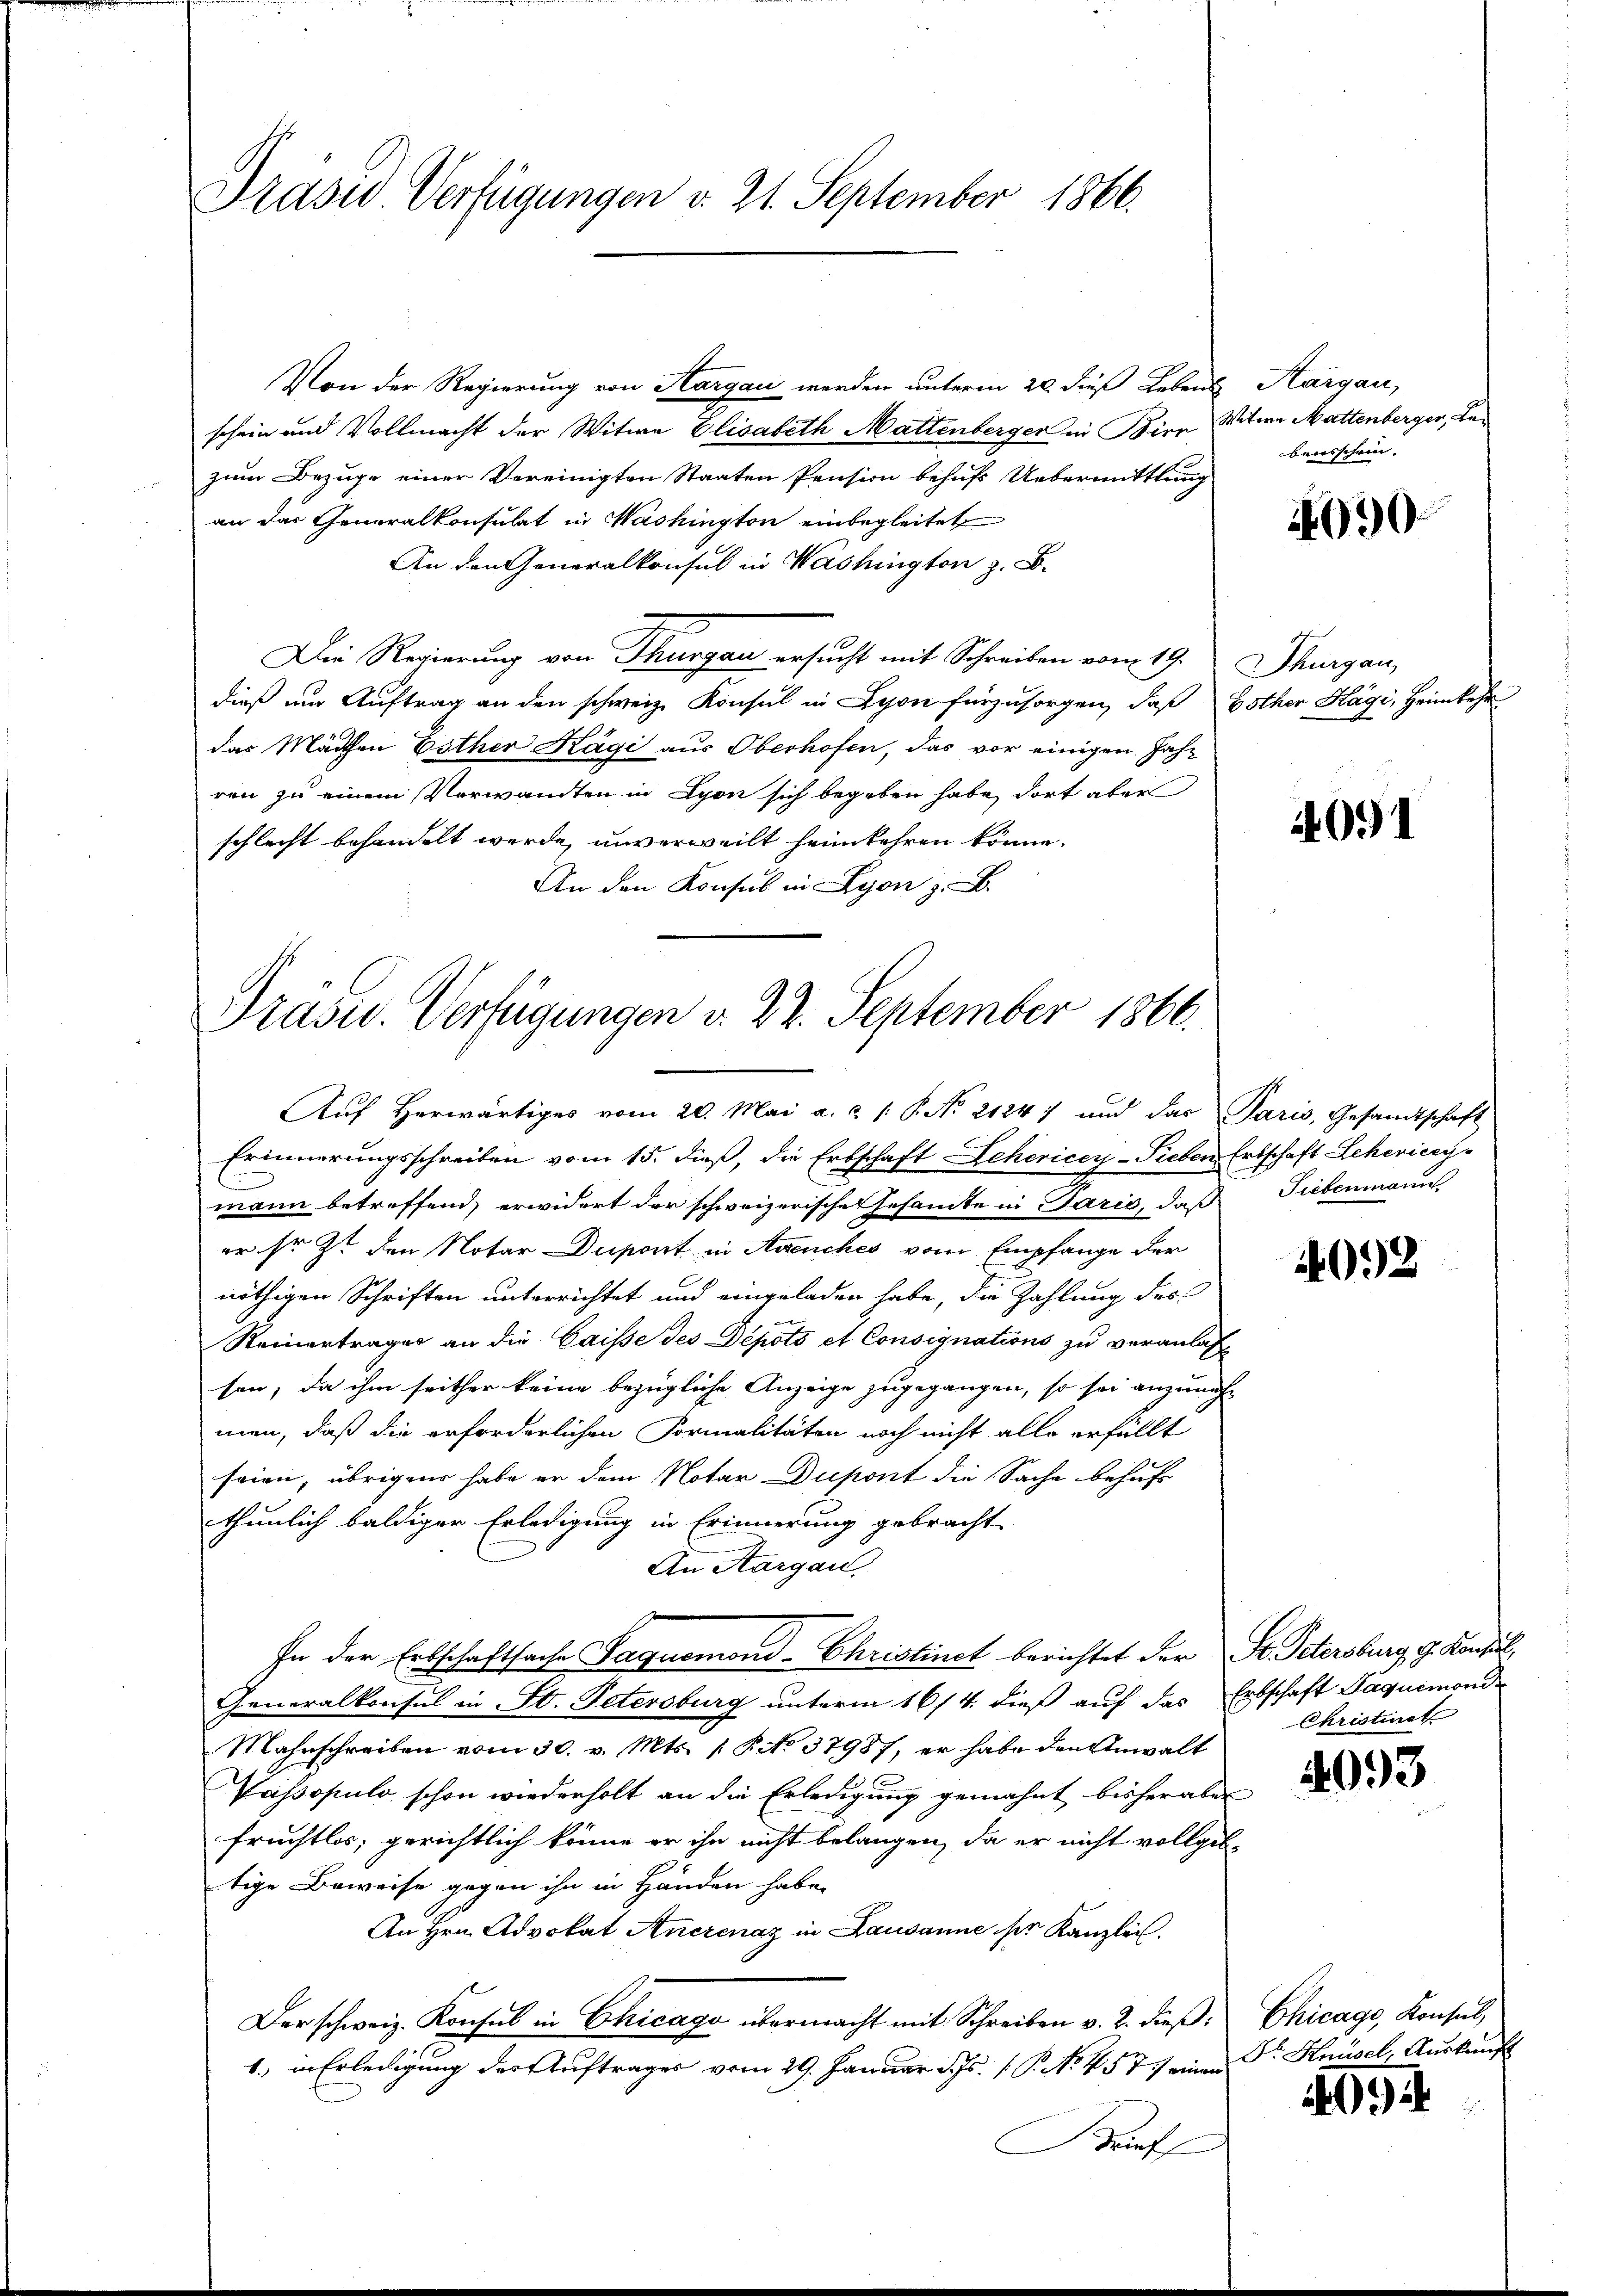
Prase Verfügungen v. 21. September 1866.

Von der Regierung von Aargau werden unterm 20. dieß Lebens Aargau,
schein und Vollmacht der Witwe Elisabeth Mattenberger in Birn, Witwe Mattenberger, Lezum Bezuge einer Vereinigten Staaten Pension behufs Uebermittlung
an das Generalkonsulat in Washington einbegleitet
An den Generalkonsul in Washington z. B.
Die Regierung von Thurgau ersucht mit Schreiben vom 19.
dieß um Auftrag an den schweiz. Konsul in Lyon fürzusorgen, daß Gother Kägi, Heimkehr
das Mädchen Esther Kägi aus Oberhofen, das vor einigen Jahr
ren zu einem Verwandten in Lyon sich begeben habe, dort aber
schlecht behandelt werde, unverweilt heimkehren könne.
An den Konsul in Lyon . .

Präsid. Verfügungen v. 22. September 1866.
Auf Herwärtiges vom 20. Mai a. c. 1 S. No 21247 und das Paris, Gesandtschaft

Erinnerungsschreiben vom 15. dieß, die Erbschaft Lehericey-Sieben Erbschaft Lehenicey-
mann betreffend, erwidert der schweizerische Gesamte in Paris, daß
er so z. den Notar Duport in Avenches vom Empfange der
nöthigen Schriften unterrichtet und eingeladen habe, die Zahlung des
Reinerträger an die Caisse des Depots et Consignations zu veranlassen, da ihm seither keine bezügliche Anzeige zugegangen, so sei anzunehmen, daß die erforderlichen Formalitäten noch nicht alle erfüllt
seien, übrigens habe er dem Notar Dupont die Sache behuf
thunlich baldiger Erledigung in Erinnerung gebracht
An Aargau
In der Erbschaftsache Paquomond-Christinct berichtet der St. Petersburg, G. Konsul,
Generalkonsul in St. Petersburg unterm 16/4. dieß auf das Erbschaft Jaquemond-
Mahrschreiben vom 30. v. Mts. 1. P. No 37987, er habe den Anwalt
Puissopulo schon wiederholt an die Erledigung gemahnt bisher aber
fruchtlos, gerichtlich könne er ihn nicht belangen, da er nicht vollgeb
tige Beweise gegen ihn in Handen habe
An Hrn. Advokat Anerenaz in Lausanne der Kanzlei.
Der schweiz. Konsul in Chicago übermacht mit Schreiben v. 2. dieß: Chicago, Konsul,
1., in Erledigung der Auftrages vom 29. Januar d. Js. P. No 457) einen Dr. Knüsel, Auskunft
Brief

bensschein. |

30

Thurgau,

4091

Fiebenmann

4092

Christiret

2093

1092